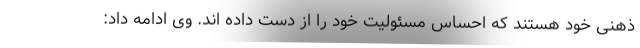
ذهنی خود هستند که احساس مسئولیت خود را از دست داده اند. وی ادامه داد: